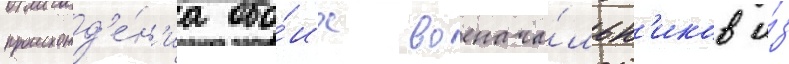
происхожд'е́н'иа обо́их военача́льн'иков и́з